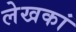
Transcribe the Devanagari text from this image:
लेखकां